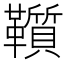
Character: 𩍵